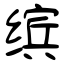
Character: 缤